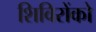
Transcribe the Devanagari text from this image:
शिविरोंको